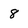
Character: 8